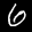
Label: 6